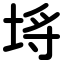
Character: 埓